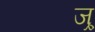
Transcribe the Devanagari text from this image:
ज्र्